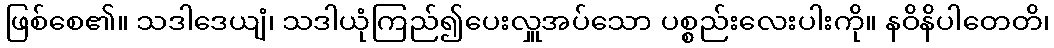
ဖြစ်စေ၏။ သဒါဒေယျံ၊ သဒါယုံကြည်၍ပေးလှူအပ်သော ပစ္စည်းလေးပါးကို။ နဝိနိပါတေတိ၊